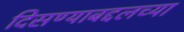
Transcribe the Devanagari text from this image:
दिसण्याबद्दलच्या